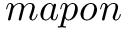
m a p o n